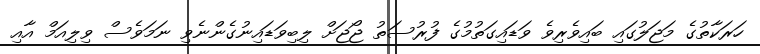
ހަރަކާތުގެ މަޖަލުގައި ބައިވެރިވެ ވަޑައިގަތުމުގެ ފުރުސަތު ޖޯޖަށް ލިބިވަޑައިނުގެންނެވި ނަމަވެސް ވިލިއަމް އާއި